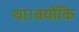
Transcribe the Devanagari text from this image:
था।क्योंकि